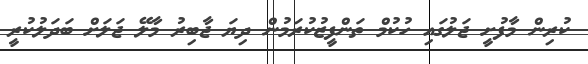
ކުރިން މާފުށީ ޖަލުގައި ހުކުމް ތަންފީޒުކުރަމުން ދިޔަ ޖާބިރު މާލޭ ޖަލަށް ބަދަލުކުރީ